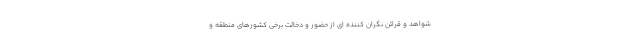
شواهد و قرائن نگران کننده ای از حضور و دخالت برخی کشورهای منطقه و